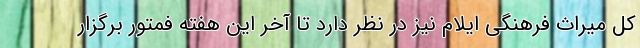
کل میراث فرهنگی ایلام نیز در نظر دارد تا آخر این هفته فمتور برگزار